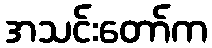
အသင်းတော်က